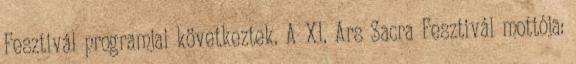
Fesztivál programjai következtek. A XI. Ars Sacra Fesztivál mottója: